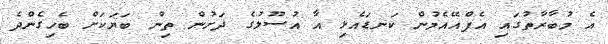
އެ މުބާރާތުގައި އެފްއޭއެމުން ކަނޑައެޅި އާ އުސޫލުގެ ދަށުން ތިން ބަޔަކަށް ބެހިގެންދެ